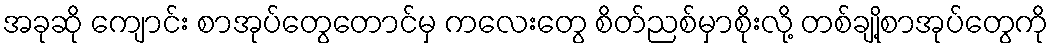
အခုဆို ကျောင်း စာအုပ်တွေတောင်မှ ကလေးတွေ စိတ်ညစ်မှာစိုးလို့ တစ်ချို့စာအုပ်တွေကို